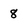
Character: 8